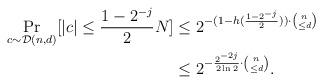
LaTeX: \begin{align*} \Pr_{c\sim\mathcal{D}(n,d)}[|c|\leq \frac{1-2^{-j}}{2}N]&\leq 2^{-(1-h(\frac{1-2^{-j}}{2}))\cdot \binom{n}{\leq d}}\\ &\leq 2^{-\frac{2^{-2j}}{2\ln2}\cdot \binom{n}{\leq d}}.\end{align*}